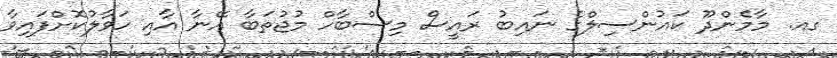
ގއ. މާމެންދޫ ކައުންސިލްގެ ނައިބު ރައީސް މިސްބާހް މުޖުތަބާ އޭނާ އާއި ހަވާލުކޮށްފައިވާ